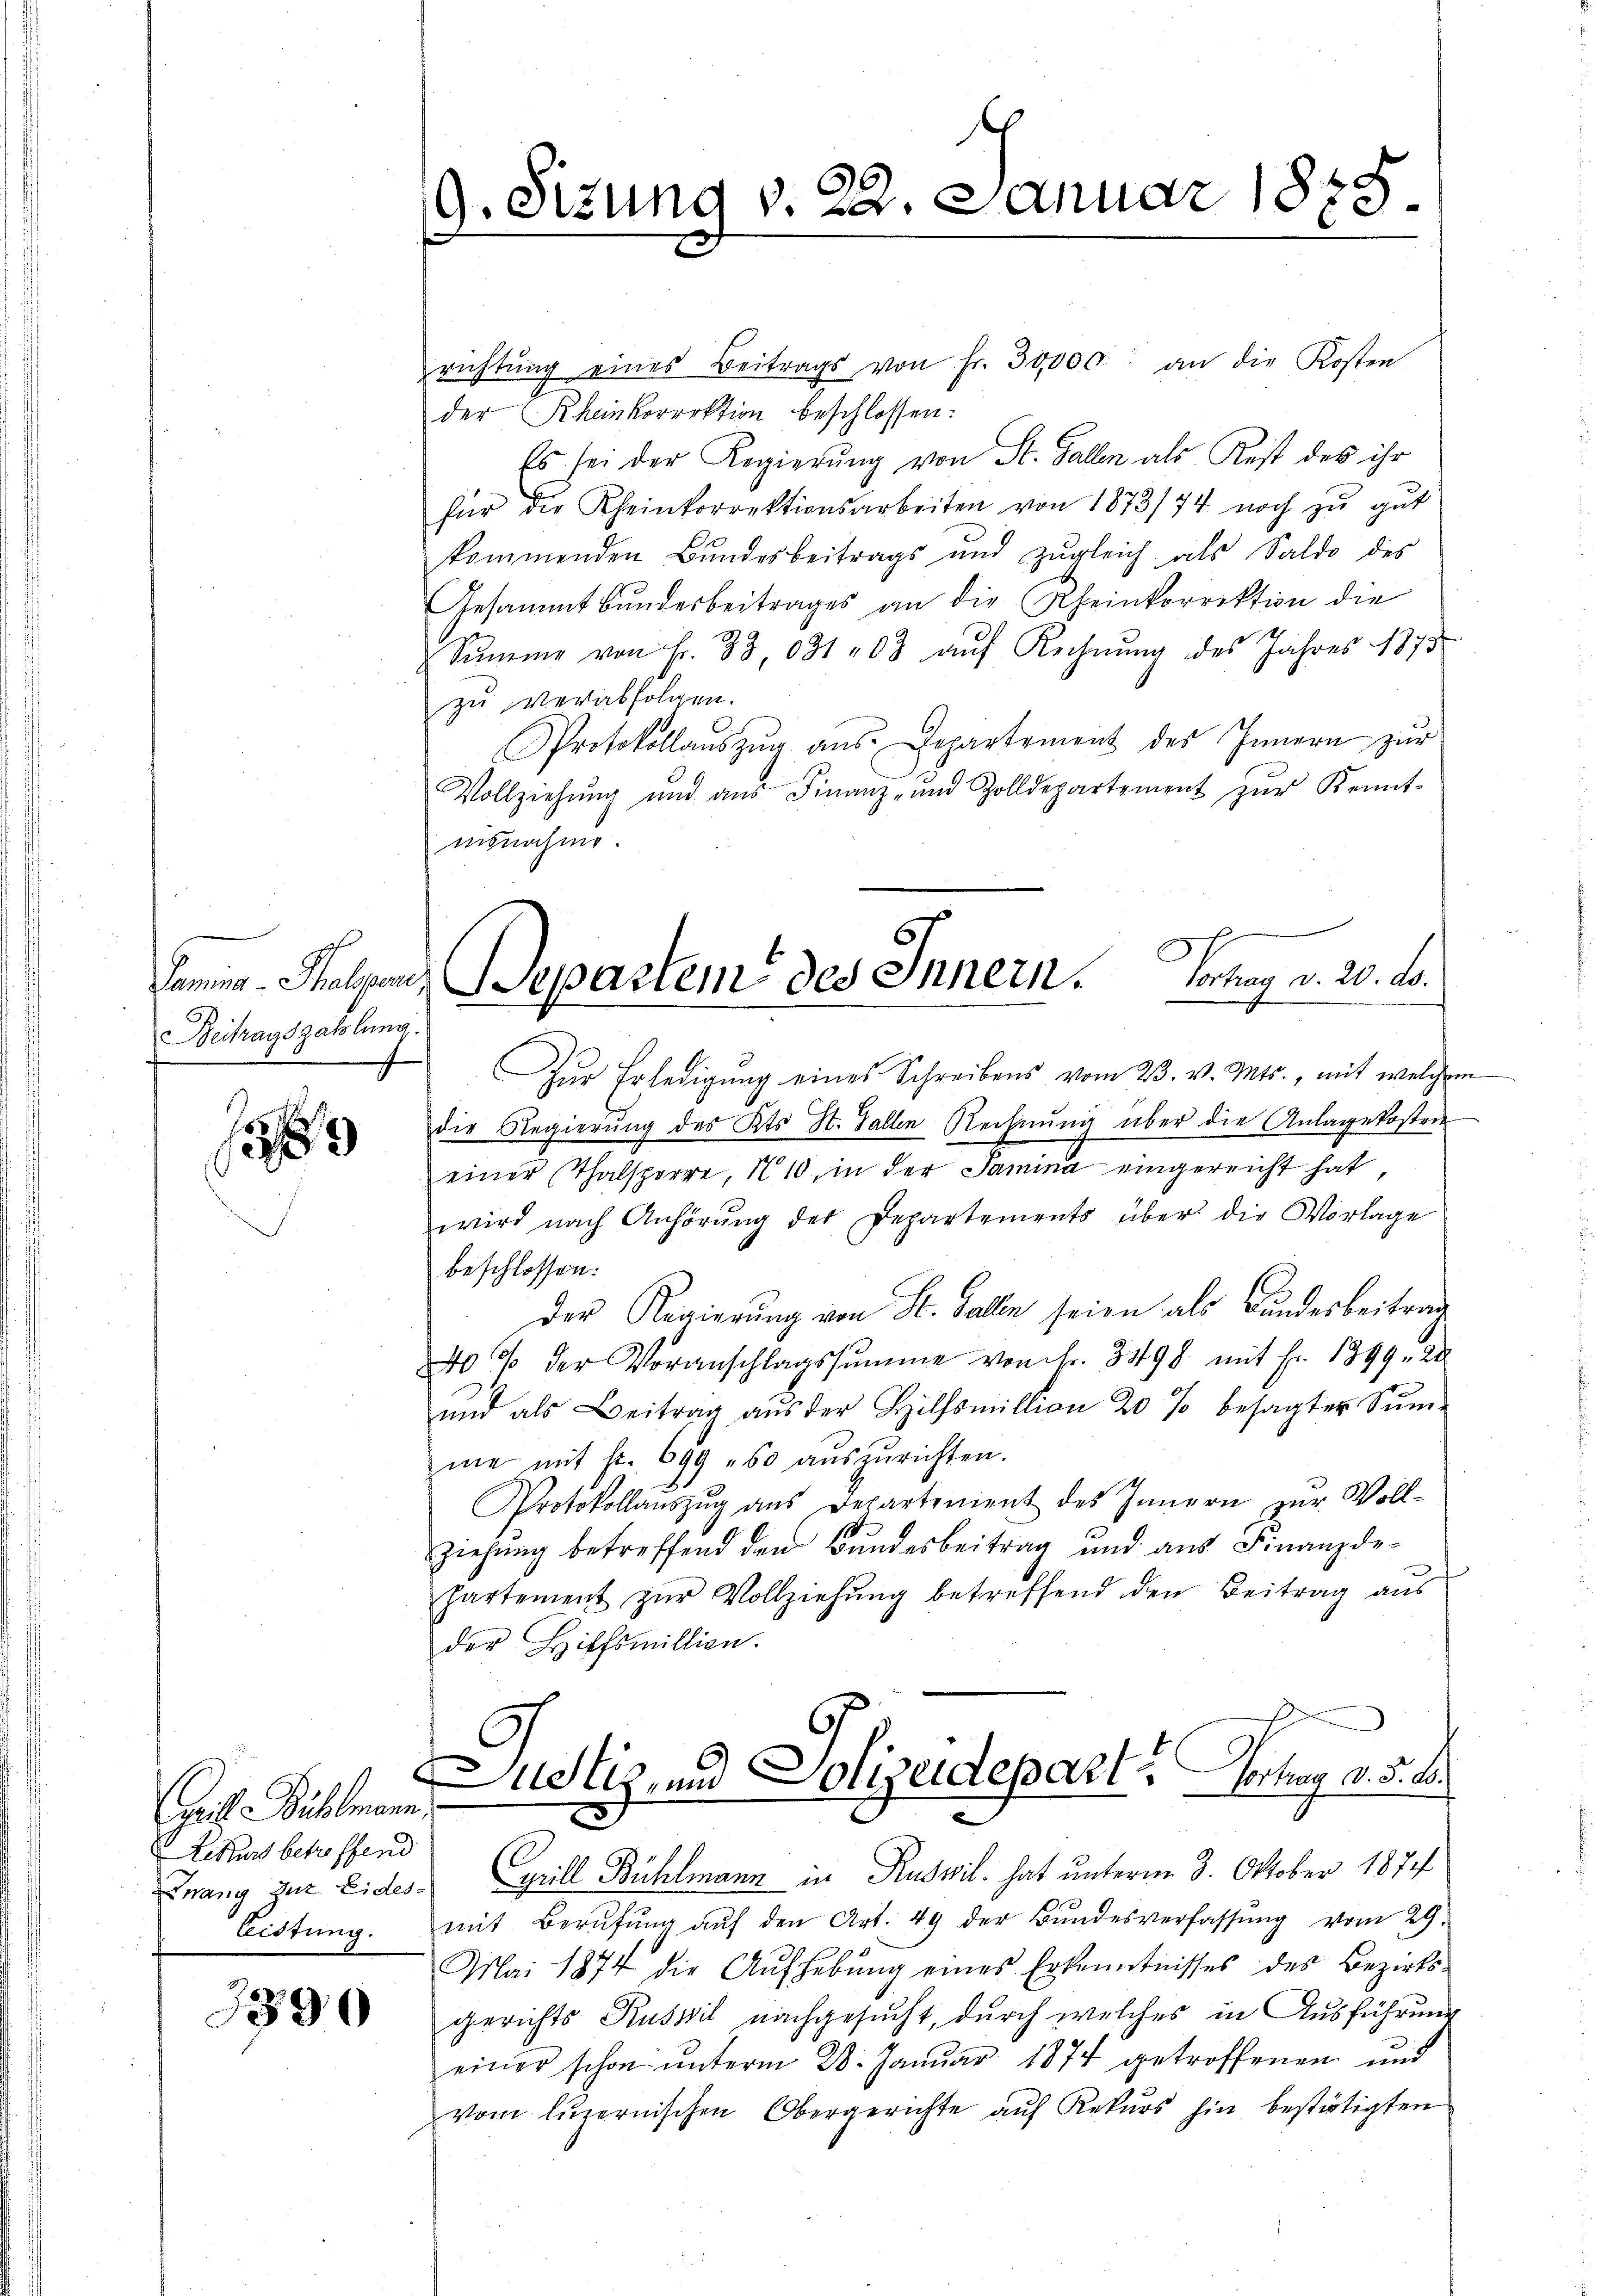
Beitragszahlung.

89

Grille Bühlmann
Kurs betreffend
Eistung.

3390

9. Stzung v. 22. Januar 1875.

richtŭng eines Beitrags von fr. 30,000 an die Kosten
der Rheinkorrektion beschlossen:
Es sei der Regierŭng von St. Gallen als Rest des ihr
für die Rheinkorrektionsarbeiten von 1873/74 noch zŭ gŭt
kommenden Bundesbeitrags und zŭgleich als Saldo des
Gesammtbŭndesbeitrages an die Rheinkorrektion die
Sŭmme von Fr. 33, 031 03 aŭf Rechnŭng des Jahres 1873
zu verabfolgen.
Protokollaŭszŭg ans. Departement des Innern zŭr
Vollziehŭng und aŭs Finanz- und Zolldepartement zŭr Kennt-
insnahme.
Zŭr Erledigŭng eines Schreibens vom 23. v. Mts., mit welche
die Regierung des Kts. St. Gallen Rechnŭng über die Anlagekosten
einer Thalsperre, N. 10, in der Samina eingereicht hat,
wird nach Anhörŭng der Departements über die Vorlage
beschlossen:
Der Regierung von St. Galle seien als Bundesbeitrag
0 % der Voranschlagssumme von Fr. 3498 mit Fr. 1899. 28
ŭnd als Beitrag aŭs der Hilfsmillion 20 % besagter Sŭm-
me mit fr. 699 50 aŭszŭrichten.
Protokollaŭszŭg aŭs Departement des Innern zŭr Voll-
ziehung betreffend den Bundesbeitrag und aus Finanzdepartement zŭr Vollziehŭng betreffend den Beitrag aus
der Hilfsmillien.
ustiz und Polizeidepart erhay d. d. 10.
Fnang zur Eides Syrill Bühlmann in Ruswil hat unterm 3. Oktober 1874
mit Berŭfŭng aŭf den Art. 49 der Bŭndesverfassŭng vom 29.
Mai 1874 die Aŭfhebŭng eines Erkenntnisses des Bezirks-
gerichts Kuswil nachgesucht, durch welches in Ausführung
einer schon ŭnterm 28. Januar 1874 getroffenen und
vom luzernischen Obergerichte aŭf Rekŭrs hin bestätigten

¬
Samng-Thalgen. Separtem des Innern. Vortrag v. 20. ds.